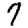
Digit: 7